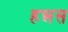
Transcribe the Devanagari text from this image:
हन्नस